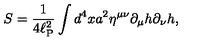
S = \frac { 1 } { 4 \ell _ { \mathrm { P } } ^ { 2 } } \int d ^ { 4 } x a ^ { 2 } \eta ^ { \mu \nu } \partial _ { \mu } h \partial _ { \nu } h ,